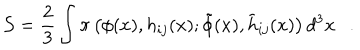
LaTeX: { \mathcal { S } } = \frac { 2 } { 3 } \int \pi \left( \phi ( x ) , h _ { i j } ( x ) ; \tilde { \phi } ( x ) , \tilde { h } _ { i j } ( x ) \right) d ^ { 3 } x .